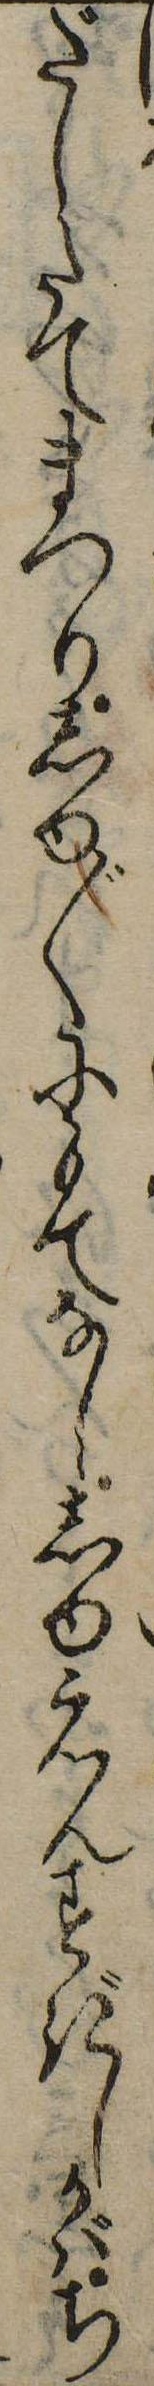
だしたてまつりしゆ〲にもてなししゆえんすぎしかばち